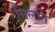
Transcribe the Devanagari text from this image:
मिलति